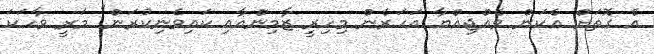
އެ ގޮތަށް އެކަން ވެއްޖިއްޔާ އަހަރެން މިހިރީ ޒާމިންއާއި ކައިވެނިކުރަން" މަރީ ވާހަކަ